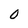
Character: 0